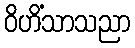
ဝိဟိံသာသညာ